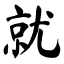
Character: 就